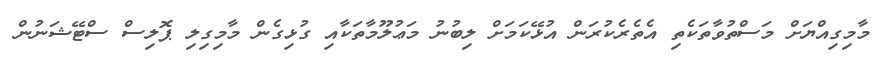
މާމިގިއްޔަށް މަސްތުވާތަކެތި އެތެރެކުރަން އުޅޭކަމަށް ލިބުނު މަޢުލޫމާތަކާއި ގުޅިގެން މާމިގިލި ޕޮލިސް ސްޓޭޝަނުން